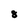
Character: 8